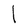
Character: l